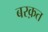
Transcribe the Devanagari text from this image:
बरक़त